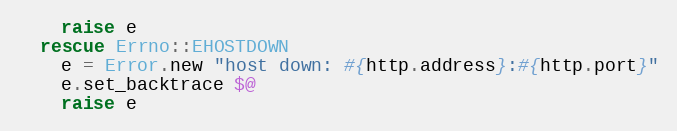
Language: Ruby
    raise e
  rescue Errno::EHOSTDOWN
    e = Error.new "host down: #{http.address}:#{http.port}"
    e.set_backtrace $@
    raise e